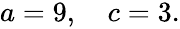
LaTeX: \begin{array}{r}{a=9,\quad c=3.}\end{array}